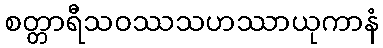
စတ္တာရီသဝဿသဟဿာယုကာနံ